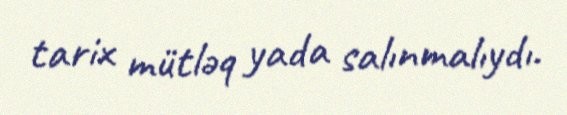
tarix mütləq yada salınmalıydı.